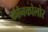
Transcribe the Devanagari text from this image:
कोनकोलोर